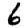
Digit: 6